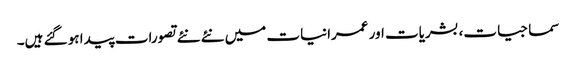
سماجیات، بشریات اور عمرانیات میں نئے نئے تصورات پیدا ہو گئے ہیں۔